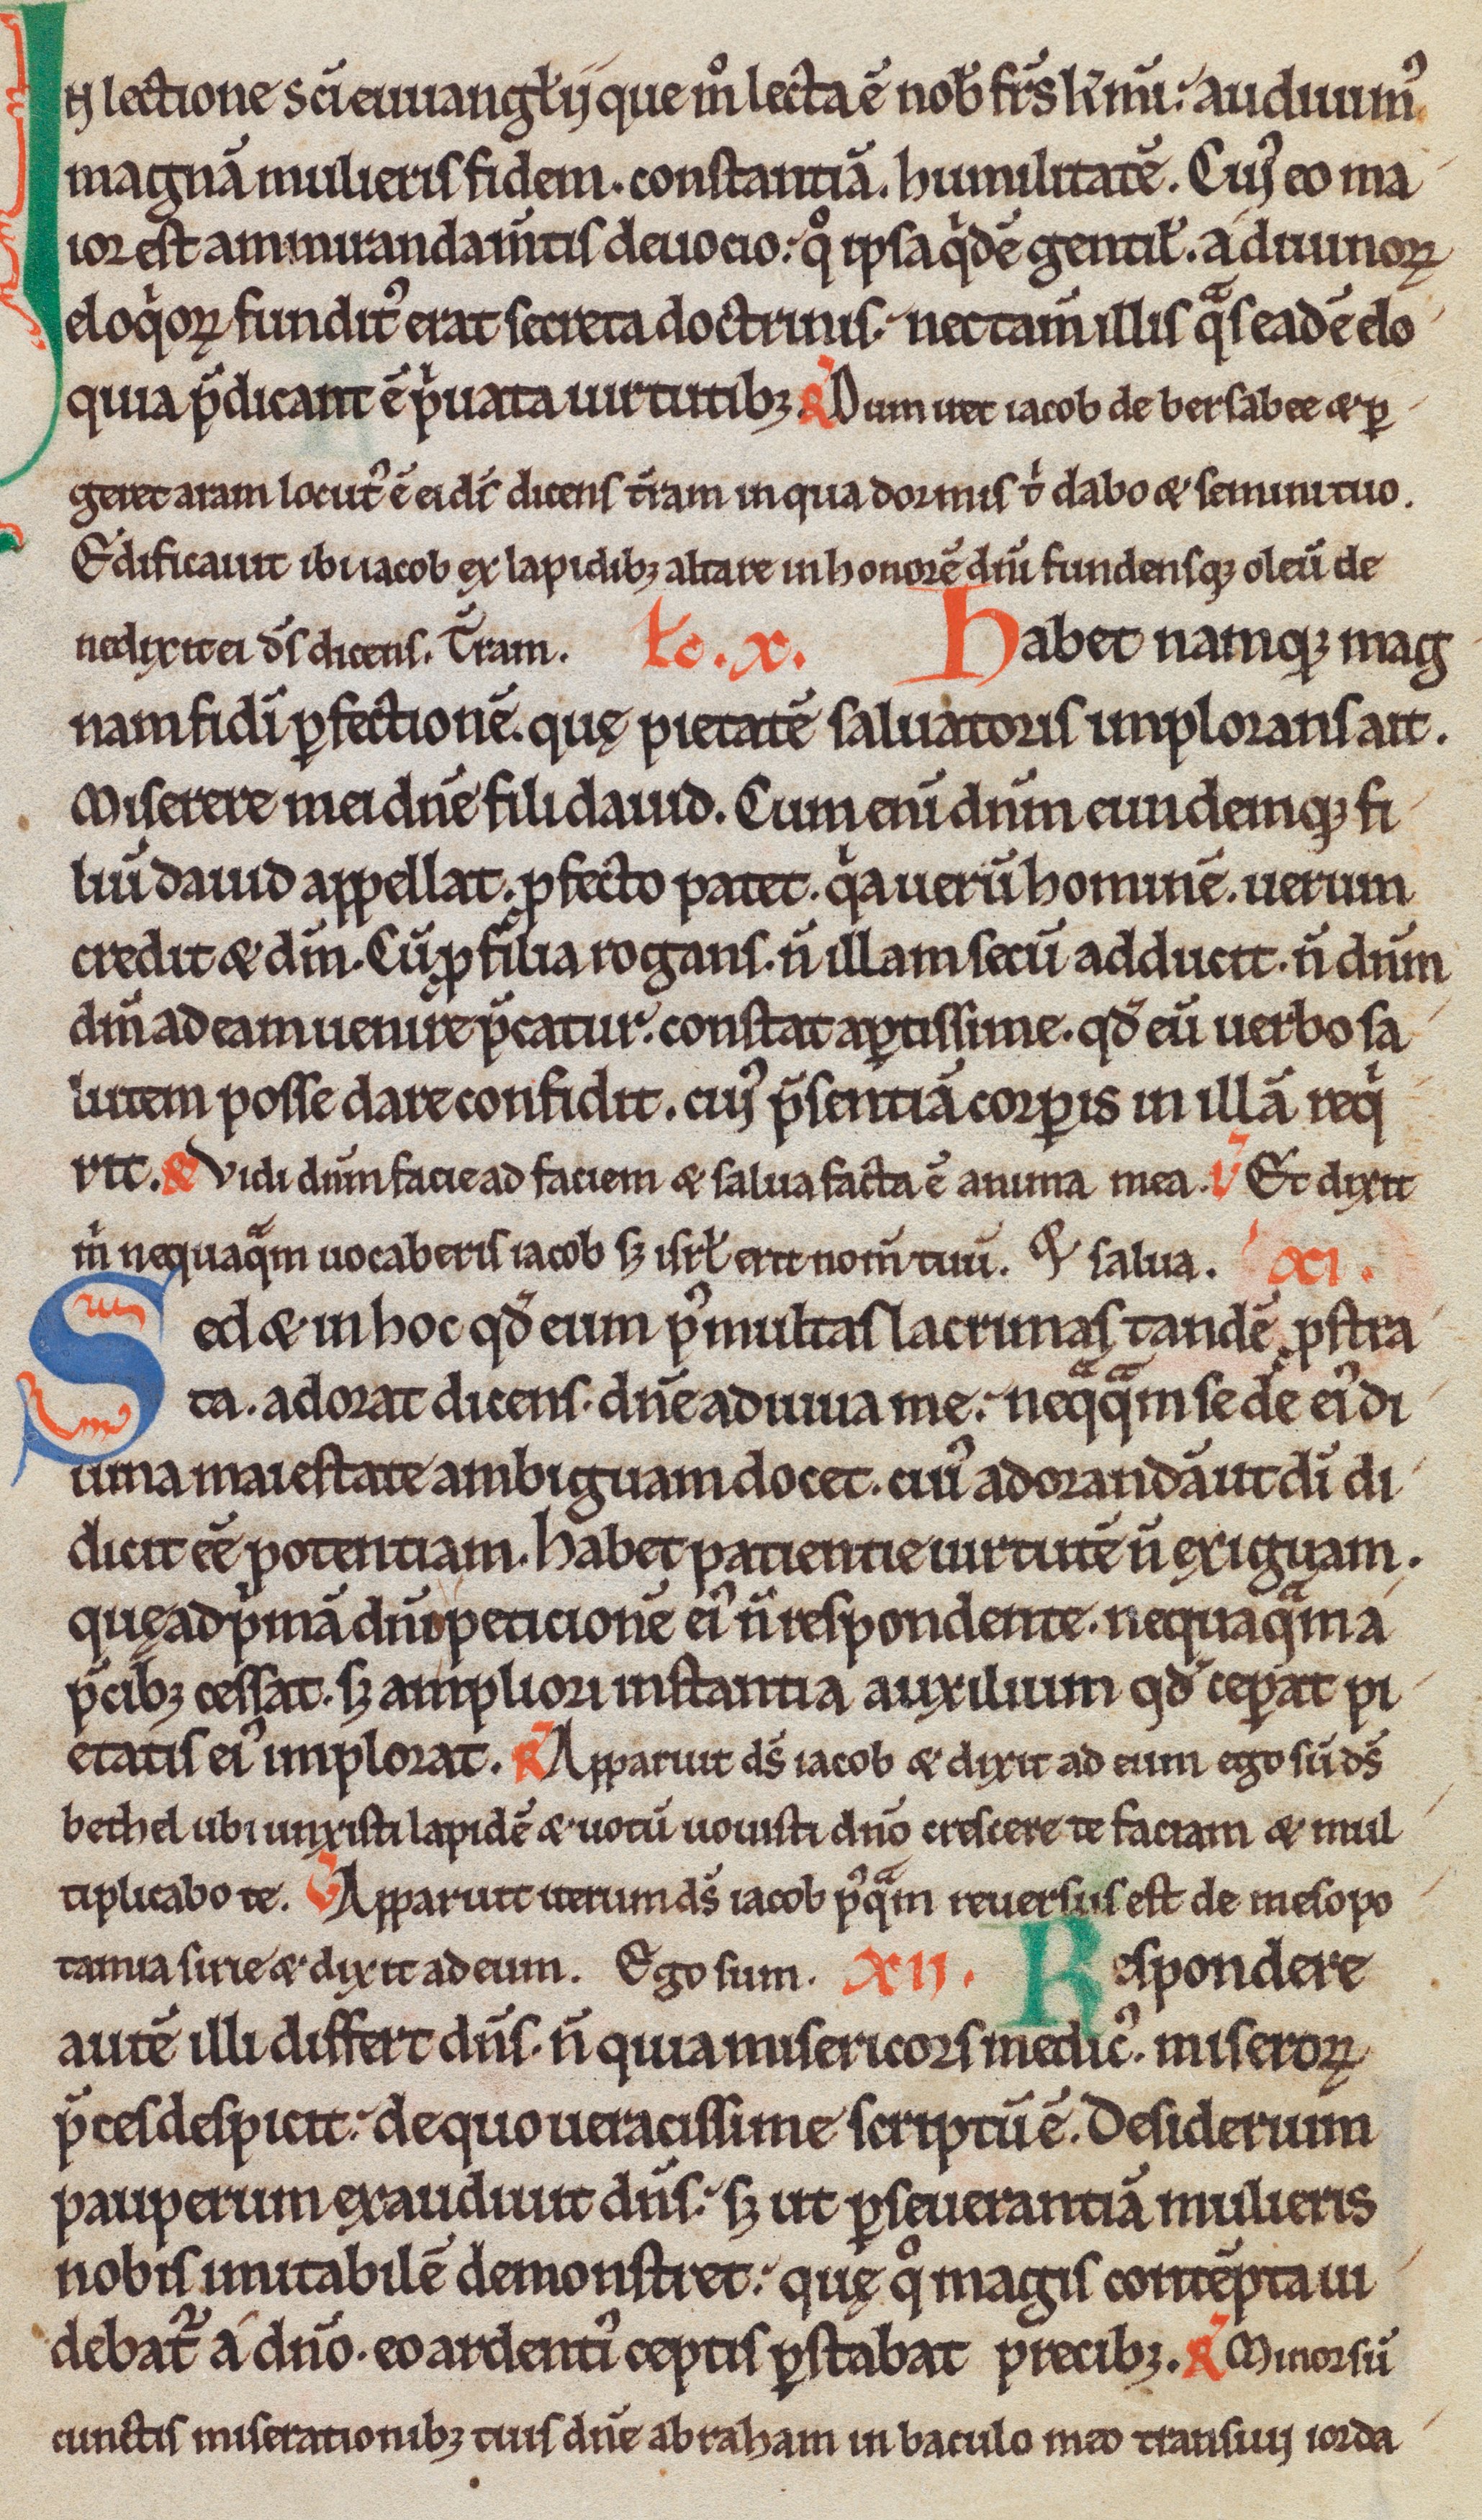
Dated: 1150–1199